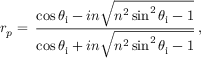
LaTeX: r _ { p } = \, { \frac { \cos \theta _ { \mathrm { i } } - i n { \sqrt { n ^ { 2 } \sin ^ { 2 } \theta _ { \mathrm { i } } - 1 } } } { \cos \theta _ { \mathrm { i } } + i n { \sqrt { n ^ { 2 } \sin ^ { 2 } \theta _ { \mathrm { i } } - 1 } } } } \, ,